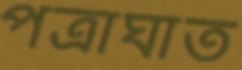
পত্রাঘাত